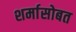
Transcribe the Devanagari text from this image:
शर्मासोबत